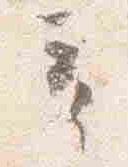
奇